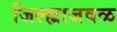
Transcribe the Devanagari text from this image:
जिल्ह्याजवळ